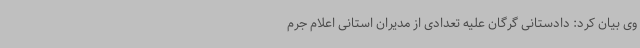
وی بیان کرد: دادستانی گرگان علیه تعدادی از مدیران استانی اعلام‌ جرم